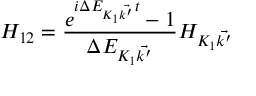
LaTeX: H _ { 1 2 } = \frac { e ^ { i \Delta E _ { { K _ { 1 } } \vec { k ^ { \prime } } } t } - 1 } { \Delta E _ { { K _ { 1 } } \vec { k ^ { \prime } } } } H _ { K _ { 1 } \vec { k ^ { \prime } } }